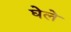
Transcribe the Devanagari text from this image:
घेले